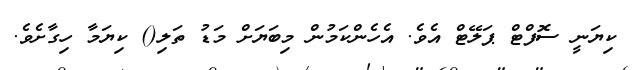
ކިޔަނީ ސޮފްޓް ޕަލޭޓް އެވެ. އެހެންކަމުން މިބަޔަށް މަޑު ތަލި() ކިޔަމާ ހިގާށެވެ.